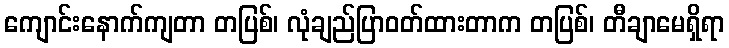
ကျောင်းနောက်ကျတာ တပြစ်၊ လုံချည်ပြာဝတ်ထားတာက တပြစ်၊ တီချာမေရှိရာ